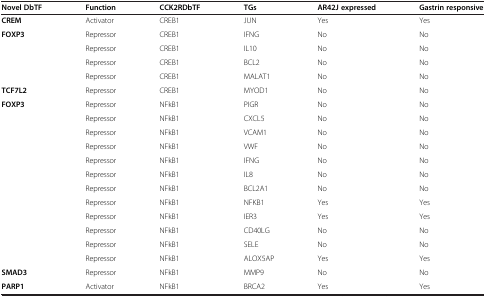
| Novel DbTF | Function | CCK2RDbTF | TGs | AR42J expressed | Gastrin responsive |
 | --- | --- | --- | --- | --- | --- |
 | CREM | Activator | CREB1 | JUN | Yes | Yes |
 | FOXP3 | Repressor | CREB1 | IFNG | No | No |
 |  | Repressor | CREB1 | IL10 | No | No |
 |  | Repressor | CREB1 | BCL2 | No | No |
 |  | Repressor | CREB1 | MALAT1 | No | No |
 | TCF7L2 | Repressor | CREB1 | MYOD1 | No | No |
 | FOXP3 | Repressor | NFkB1 | PIGR | No | No |
 |  | Repressor | NFkB1 | CXCL5 | No | No |
 |  | Repressor | NFkB1 | VCAM1 | No | No |
 |  | Repressor | NFkB1 | VWF | No | No |
 |  | Repressor | NFkB1 | IFNG | No | No |
 |  | Repressor | NFkB1 | IL8 | No | No |
 |  | Repressor | NFkB1 | BCL2A1 | No | No |
 |  | Repressor | NFkB1 | NFKB1 | Yes | Yes |
 |  | Repressor | NFkB1 | IER3 | Yes | Yes |
 |  | Repressor | NFkB1 | CD40LG | No | No |
 |  | Repressor | NFkB1 | SELE | No | No |
 |  | Repressor | NFkB1 | ALOX5AP | Yes | Yes |
 | SMAD3 | Repressor | NFkB1 | MMP9 | No | No |
 | PARP1 | Activator | NFkB1 | BRCA2 | Yes | Yes |